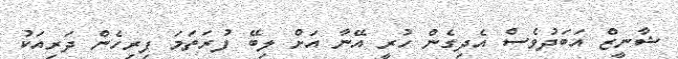
ޝާނީޒް އަބަދުވެސް އެދިގެން ހުރީ އޭނާ އަށް ލިބޭ ފުރަތަމަ ފިރިހެން ދަރިއަކު